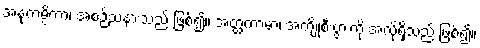
အနုကမ္ပိကာ၊ အစဉ်သနားသည် ဖြစ်၍။ အတ္ထကာမာ၊ အကျိုစီးပွားကို အလိုရှိသည် ဖြစ်၍။